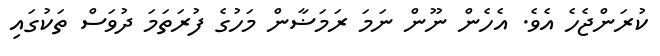
ކުރަންޖެހެ އެވެ. އެހެން ނޫން ނަމަ ރަމަޟާން މަހުގެ ފުރަތަމަ ދުވަސް ތަކުގައި